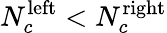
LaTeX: N_{c}^{\mathrm{left}}<N_{c}^{\mathrm{right}}